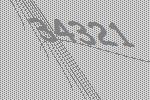
34321